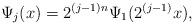
LaTeX: \begin{align*}\Psi_j(x)=2^{(j-1)n}\Psi_1(2^{(j-1)}x),\quad\end{align*}